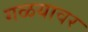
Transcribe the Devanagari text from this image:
गळयावर